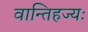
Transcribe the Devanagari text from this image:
वान्तिहज्यः